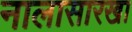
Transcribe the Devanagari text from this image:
नालासारखा